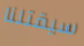
سيقتلنا